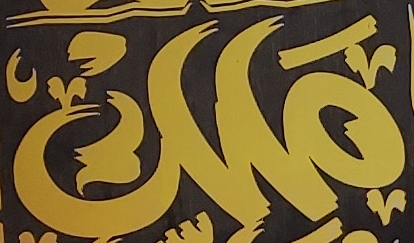
ملك